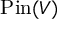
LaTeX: \operatorname { P i n } ( V )